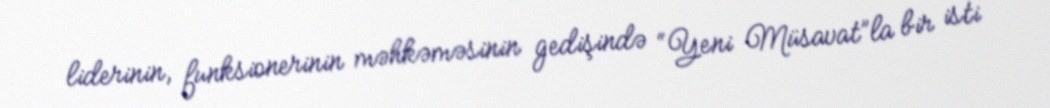
liderinin, funksionerinin məhkəməsinin gedişində “Yeni Müsavat”la bir isti